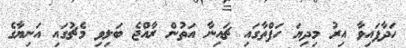
ހަދާފައިވާ އިރު މިދިޔަ ހަފްތާގައި ޗައިނާ އަތުން ރާއްޖެ ބަލިވި މެޗުގައި އަނިޔާގެ